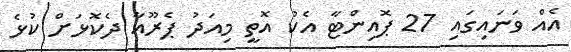
އެއް ވަނައިގައި 27 ޕޮއިންޓާ އެކު އޮތީ މިއަދު ޕެރޫއާ ދެކޮޅަށް ކުޅެ